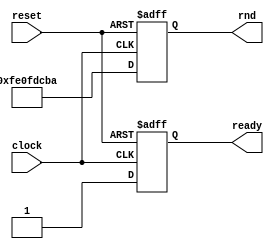
module LFSR (
clock,
reset,
rnd, 
ready
);

parameter WIDTH = 32;
input clock,reset;
output [WIDTH-1:0] rnd;
output ready;

reg [WIDTH-1:0] myreg;
reg r_ready;
// nice looking max period polys selected from
// the internet
wire [WIDTH-1:0] poly =
        (WIDTH == 4) ? 4'hc :
        (WIDTH == 5) ? 5'h1b :
        (WIDTH == 6) ? 6'h33 :
        (WIDTH == 7) ? 7'h65 :
        (WIDTH == 8) ? 8'hc3 :
        (WIDTH == 9) ? 9'h167 :
        (WIDTH == 10) ? 10'h309 :
        (WIDTH == 11) ? 11'h4ec :
        (WIDTH == 12) ? 12'hac9 :
        (WIDTH == 13) ? 13'h124d :
        (WIDTH == 14) ? 14'h2367 :
        (WIDTH == 15) ? 15'h42f9 :
        (WIDTH == 16) ? 16'h847d :
        (WIDTH == 17) ? 17'h101f5 :
        (WIDTH == 18) ? 18'h202c9 :
        (WIDTH == 19) ? 19'h402fa :
        (WIDTH == 20) ? 20'h805c1 :
        (WIDTH == 21) ? 21'h1003cb :
        (WIDTH == 22) ? 22'h20029f :
        (WIDTH == 23) ? 23'h4003da :
        (WIDTH == 24) ? 24'h800a23 :
        (WIDTH == 25) ? 25'h10001a5 :
        (WIDTH == 26) ? 26'h2000155 :
        (WIDTH == 27) ? 27'h4000227 :
        (WIDTH == 28) ? 28'h80007db :
        (WIDTH == 29) ? 29'h100004f3 :
        (WIDTH == 30) ? 30'h200003ab :
        (WIDTH == 31) ? 31'h40000169 :
        (WIDTH == 32) ? 32'h800007c3 : 0;


wire [WIDTH-1:0] feedback;
assign feedback = {WIDTH{myreg[WIDTH-1]}} & poly;

// the inverter on the LSB causes 000... to be a 
// sequence member rather than the frozen state
always @(posedge clock or posedge reset) begin
  if (reset) begin 
     myreg <= 0;
	  r_ready<= 1'b0; 
  end
 
  else begin
    // myreg <= ((myreg ^ feedback) << 1) | !myreg[WIDTH-1];
	  myreg <= 32'hFE0FDCBA;//Little endian
	  r_ready <= 1'b1;
  end
end

assign rnd = myreg;
assign ready= r_ready;
endmodule